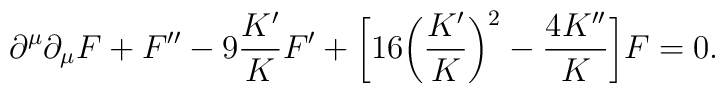
\partial^\mu\partial_\mu F+F^{\prime\prime}-9\frac{K'}{K}F'+\bigg[16\bigg(\frac{K'}{K}\bigg)^2-\frac{4K^{\prime\prime}}{K}\bigg]F=0.